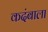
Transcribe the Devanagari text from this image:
कदंबाला